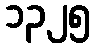
၁၃၂၅